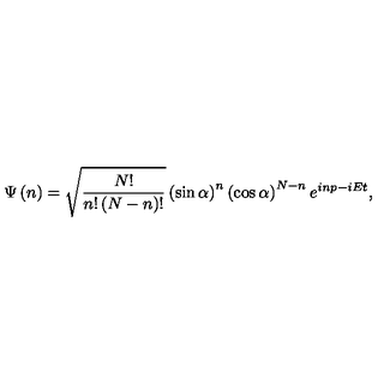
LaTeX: \Psi \left( n \right) = \sqrt { \frac { N ! } { n ! \left( N - n \right) ! } } \left( \sin \alpha \right) ^ { n } \left( \cos \alpha \right) ^ { N - n } e ^ { i n p - i E t } ,